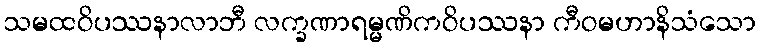
သမထဝိပဿနာလာဘီ လက္ခဏာရမ္မဏိကဝိပဿနာ ကီဝမဟာနိသံသော